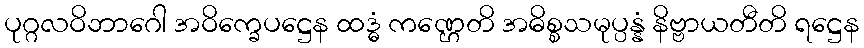
ပုဂ္ဂလဝိဘာဂေါ အဝိက္ခေပဋ္ဌေန ထဒ္ဓံ ကဏ္ဌေတိ အဓိစ္စသမုပ္ပန္နံ နိဗ္ဗာယတီတိ ရဋ္ဌေန